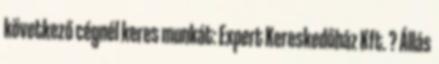
következő cégnél keres munkát: Expert Kereskedőház Kft. ? Állás